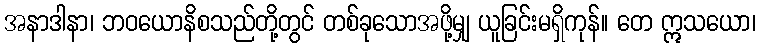
အနာဒါနာ၊ ဘဝယောနိစသည်တို့တွင် တစ်ခုသောအဖို့မျှ ယူခြင်းမရှိကုန်။ တေ ဣသယော၊